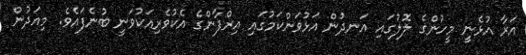
އަރާ އުޅެނީ މީހުންގެ ލޮލުގައި އަނދުން އަޅުވަންކަމުގައި އިރްފާންގެ އެކުވެރިއަކުވަނީ ބުނެފައެވެ. މިއަދުން